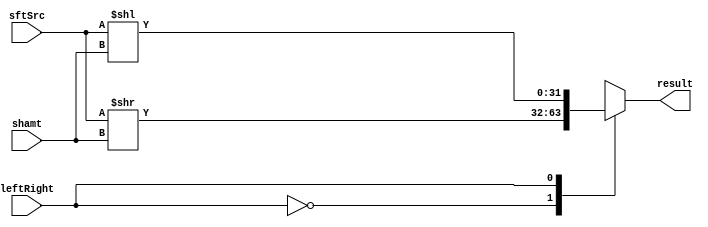
module Shifter( result, leftRight, shamt, sftSrc );

//I/O ports 
output	[32-1:0] result;

input			leftRight;
input	[5-1:0] shamt;/*sllv srlv input rs
						sll srl input */
input	[32-1:0] sftSrc ;

//Internal Signals
wire	[32-1:0] result;
  
//Main function

reg [32-1:0] result1;
always@(leftRight or sftSrc or shamt)
begin
  case(leftRight)
    0: result1 = (sftSrc >> shamt);
    1: result1 = (sftSrc << shamt);
  endcase
end
assign result = result1;
endmodule